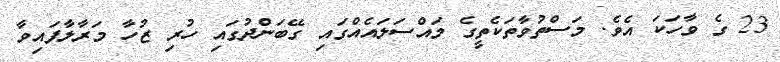
23 ގެ ވާހަކަ އެވެ. މަސްތުވާތަކެތީގެ މައްސަލައެއްގައި ގޭބަންދުގައި ހުރި ޒުހާ މަރާލާފައިވާ